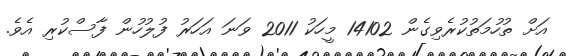
އަށް ތުހުމަތުކުރެވިގެން 14102 މީހަކު 2011 ވަނަ އަހަރު ފުލުހުން ފާސްކުރި އެވެ.